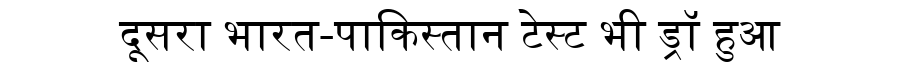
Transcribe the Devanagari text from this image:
दूसरा भारत-पाकिस्तान टेस्ट भी ड्रॉ हुआ